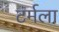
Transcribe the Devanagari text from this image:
टर्मला